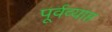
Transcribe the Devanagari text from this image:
पूर्वव्याप्त